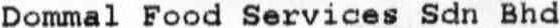
DOMMAL FOOD SERVICES SDN BHD